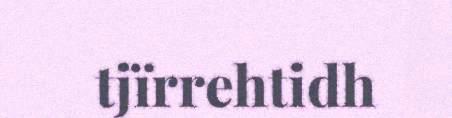
tjïrrehtidh